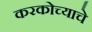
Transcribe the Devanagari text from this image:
करकोच्याचे